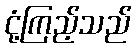
ငုံ့ကြည့်သည်